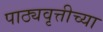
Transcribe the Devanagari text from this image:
पाठ्यवृत्तीच्या